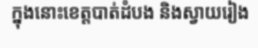
ក្នុងនោះខេត្តបាត់ដំបង និងស្វាយរៀង